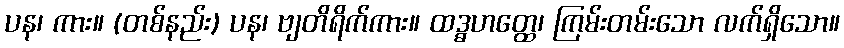
ပန၊ ကား။ (တစ်နည်း) ပန၊ ဗျတိရိက်ကား။ ထဒ္ဓဟတ္ထေ၊ ကြမ်းတမ်းသော လက်ရှိသော။